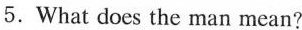
5.What does the man mean?